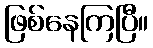
ဖြစ်နေကြပြီ။